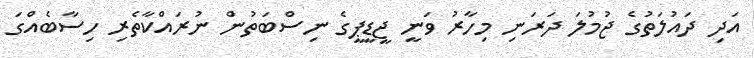
އަދި ދައުލަތުގެ ޖުމުލަ ދަރަނި މިހާރު ވަނީ ޖީޑީޕީގެ ނިސްބަތުން ނުރައްކާތެރި ހިސާބެއްގަ